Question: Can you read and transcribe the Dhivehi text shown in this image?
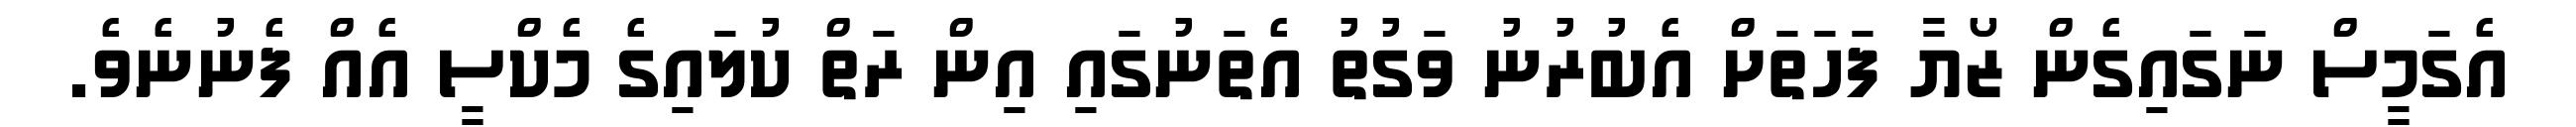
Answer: އެގަމީސް ނަގައިގެން ޒޯޔާ ފަހަތަށް އެބުރުނު ވަގުތު އެތަނުގައި އިން ރަތް ކުލައިގެ މެކްސީ އެއް ފެނުނެވެ.